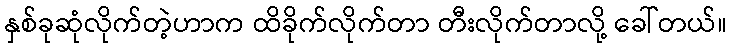
နှစ်ခုဆုံလိုက်တဲ့ဟာက ထိခိုက်လိုက်တာ တီးလိုက်တာလို့ ခေါ်တယ်။